Vaccination North-Western Provinces and Oudh 1896-1901 - 1896-1901
Year: 1896
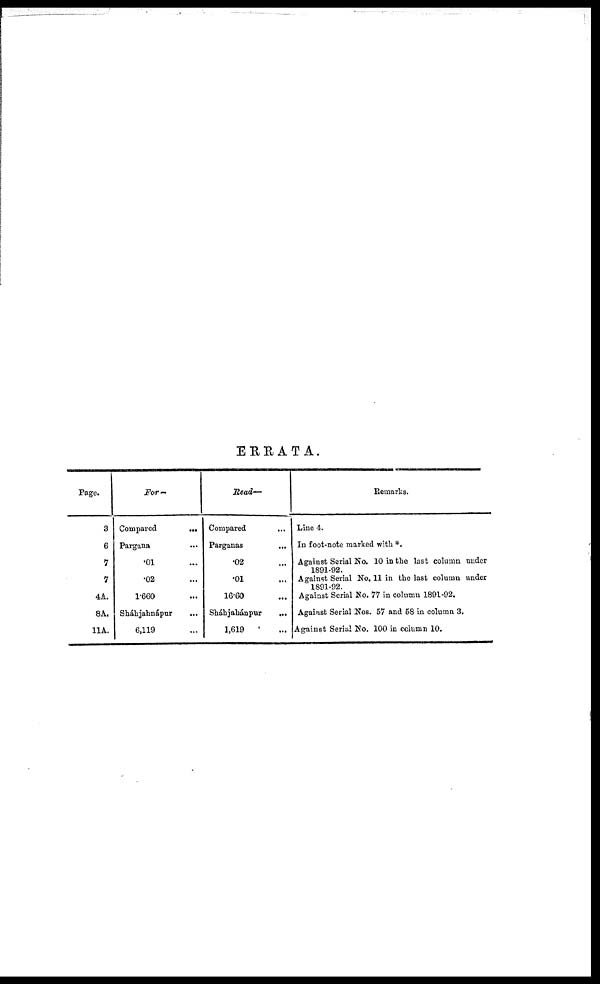
ERRATA.
Page.
3
6
7
7
4A.
8A.
11A.
For —
Compared
...
Pargana ...
.01 ...
.02
1.660 ...
Sháhjahnápur ...
6,119 ...
Read—
Compared ...
Parganas ...
.02 ...
.01
16.60 ...
Sháhjahánpur
...
1,619 ...
Remarks.
Line 4.
In foot-note marked with *.
Against Serial No. 10 in the last column under
1891-92.
Against Serial No. 11 in the last column under
1891-92.
Against Serial No. 77 in column 1891-92.
Against Serial Nos. 57 and 58 in column 3.
Against Serial No. 100 in column 10.